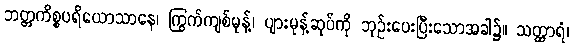
ဘတ္တကိစ္စပရိယောသာနေ၊ ကြွက်ကျစ်မုန့်၊ ပျားမုန့်ဆုပ်ကို ဘုဉ်းပေးပြီးသောအခါ၌။ သတ္ထာရံ၊